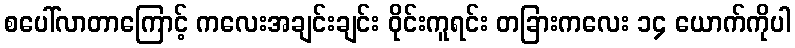
စပေါ်လာတာကြောင့် ကလေးအချင်းချင်း ဝိုင်းကူရင်း တခြားကလေး ၁၄ ယောက်ကိုပါ